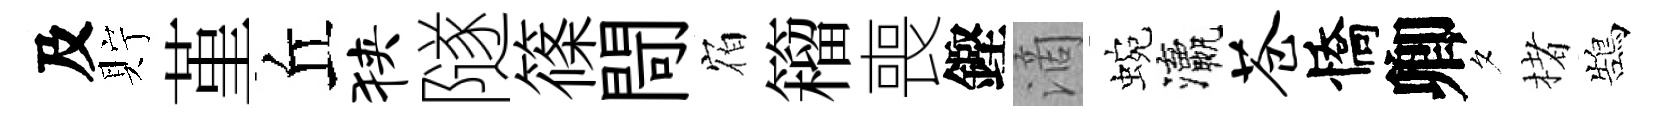
及貯堇丘狭隧篠閜𪧐籕喪鏗滴蜿瀛苍憍卿夕楮鵠